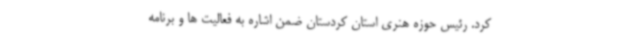
کرد. رئیس حوزه هنری استان کردستان ضمن اشاره به فعالیت ها و برنامه